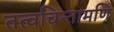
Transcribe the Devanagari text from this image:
तत्वचिन्तामणि